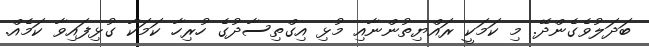
ބަދަލުވެގެންދޭ. މި ކަމަކީ ރައްޔިތުންނާއި މުޅި އިގްތިސާދުގެ ހުރިހާ ކަމަކާ ގުޅިފައިވާ ކަމެއް.